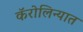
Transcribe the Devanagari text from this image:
कॅरोलिन्यात